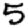
Digit: 5